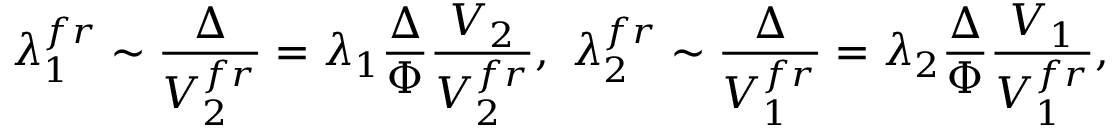
\lambda _ { 1 } ^ { f r } \sim \frac { \Delta } { V _ { 2 } ^ { f r } } = \lambda _ { 1 } \frac { \Delta } { \Phi } \frac { V _ { 2 } } { V _ { 2 } ^ { f r } } , \ \lambda _ { 2 } ^ { f r } \sim \frac { \Delta } { V _ { 1 } ^ { f r } } = \lambda _ { 2 } \frac { \Delta } { \Phi } \frac { V _ { 1 } } { V _ { 1 } ^ { f r } } ,